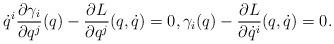
LaTeX: \begin{align*} \dot{q}^i\frac{\partial \gamma_i}{\partial q^j}(q)-\frac{\partial L}{\partial q^j}(q,\dot{q})=0,\gamma_i (q)-\frac{\partial L}{\partial \dot{q}^i}(q,\dot{q})=0. \end{align*}